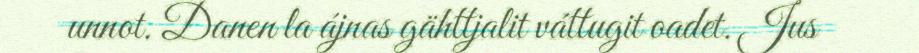
unnot. Danen la ájnas gähttjalit váttugit oadet. Jus